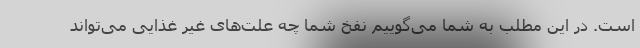
است. در این مطلب به شما می‌گوییم نفخ شما چه علت‌های غیر غذایی می‌تواند